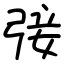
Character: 㢺